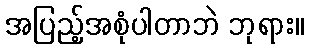
အပြည့်အစုံပါတာဘဲ ဘုရား။